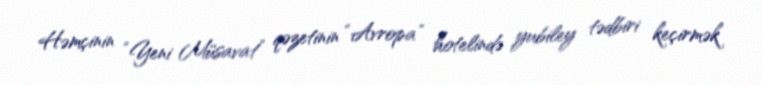
Həmçinin “Yeni Müsavat” qəzetinin “Avropa” hotelində yubiley tədbiri keçirmək